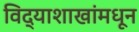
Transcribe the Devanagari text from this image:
विद्याशाखांमधून